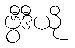
ဗွီဒီယို